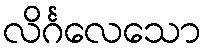
လိင်္ဂလေသော